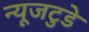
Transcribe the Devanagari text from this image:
न्यूजटुडे